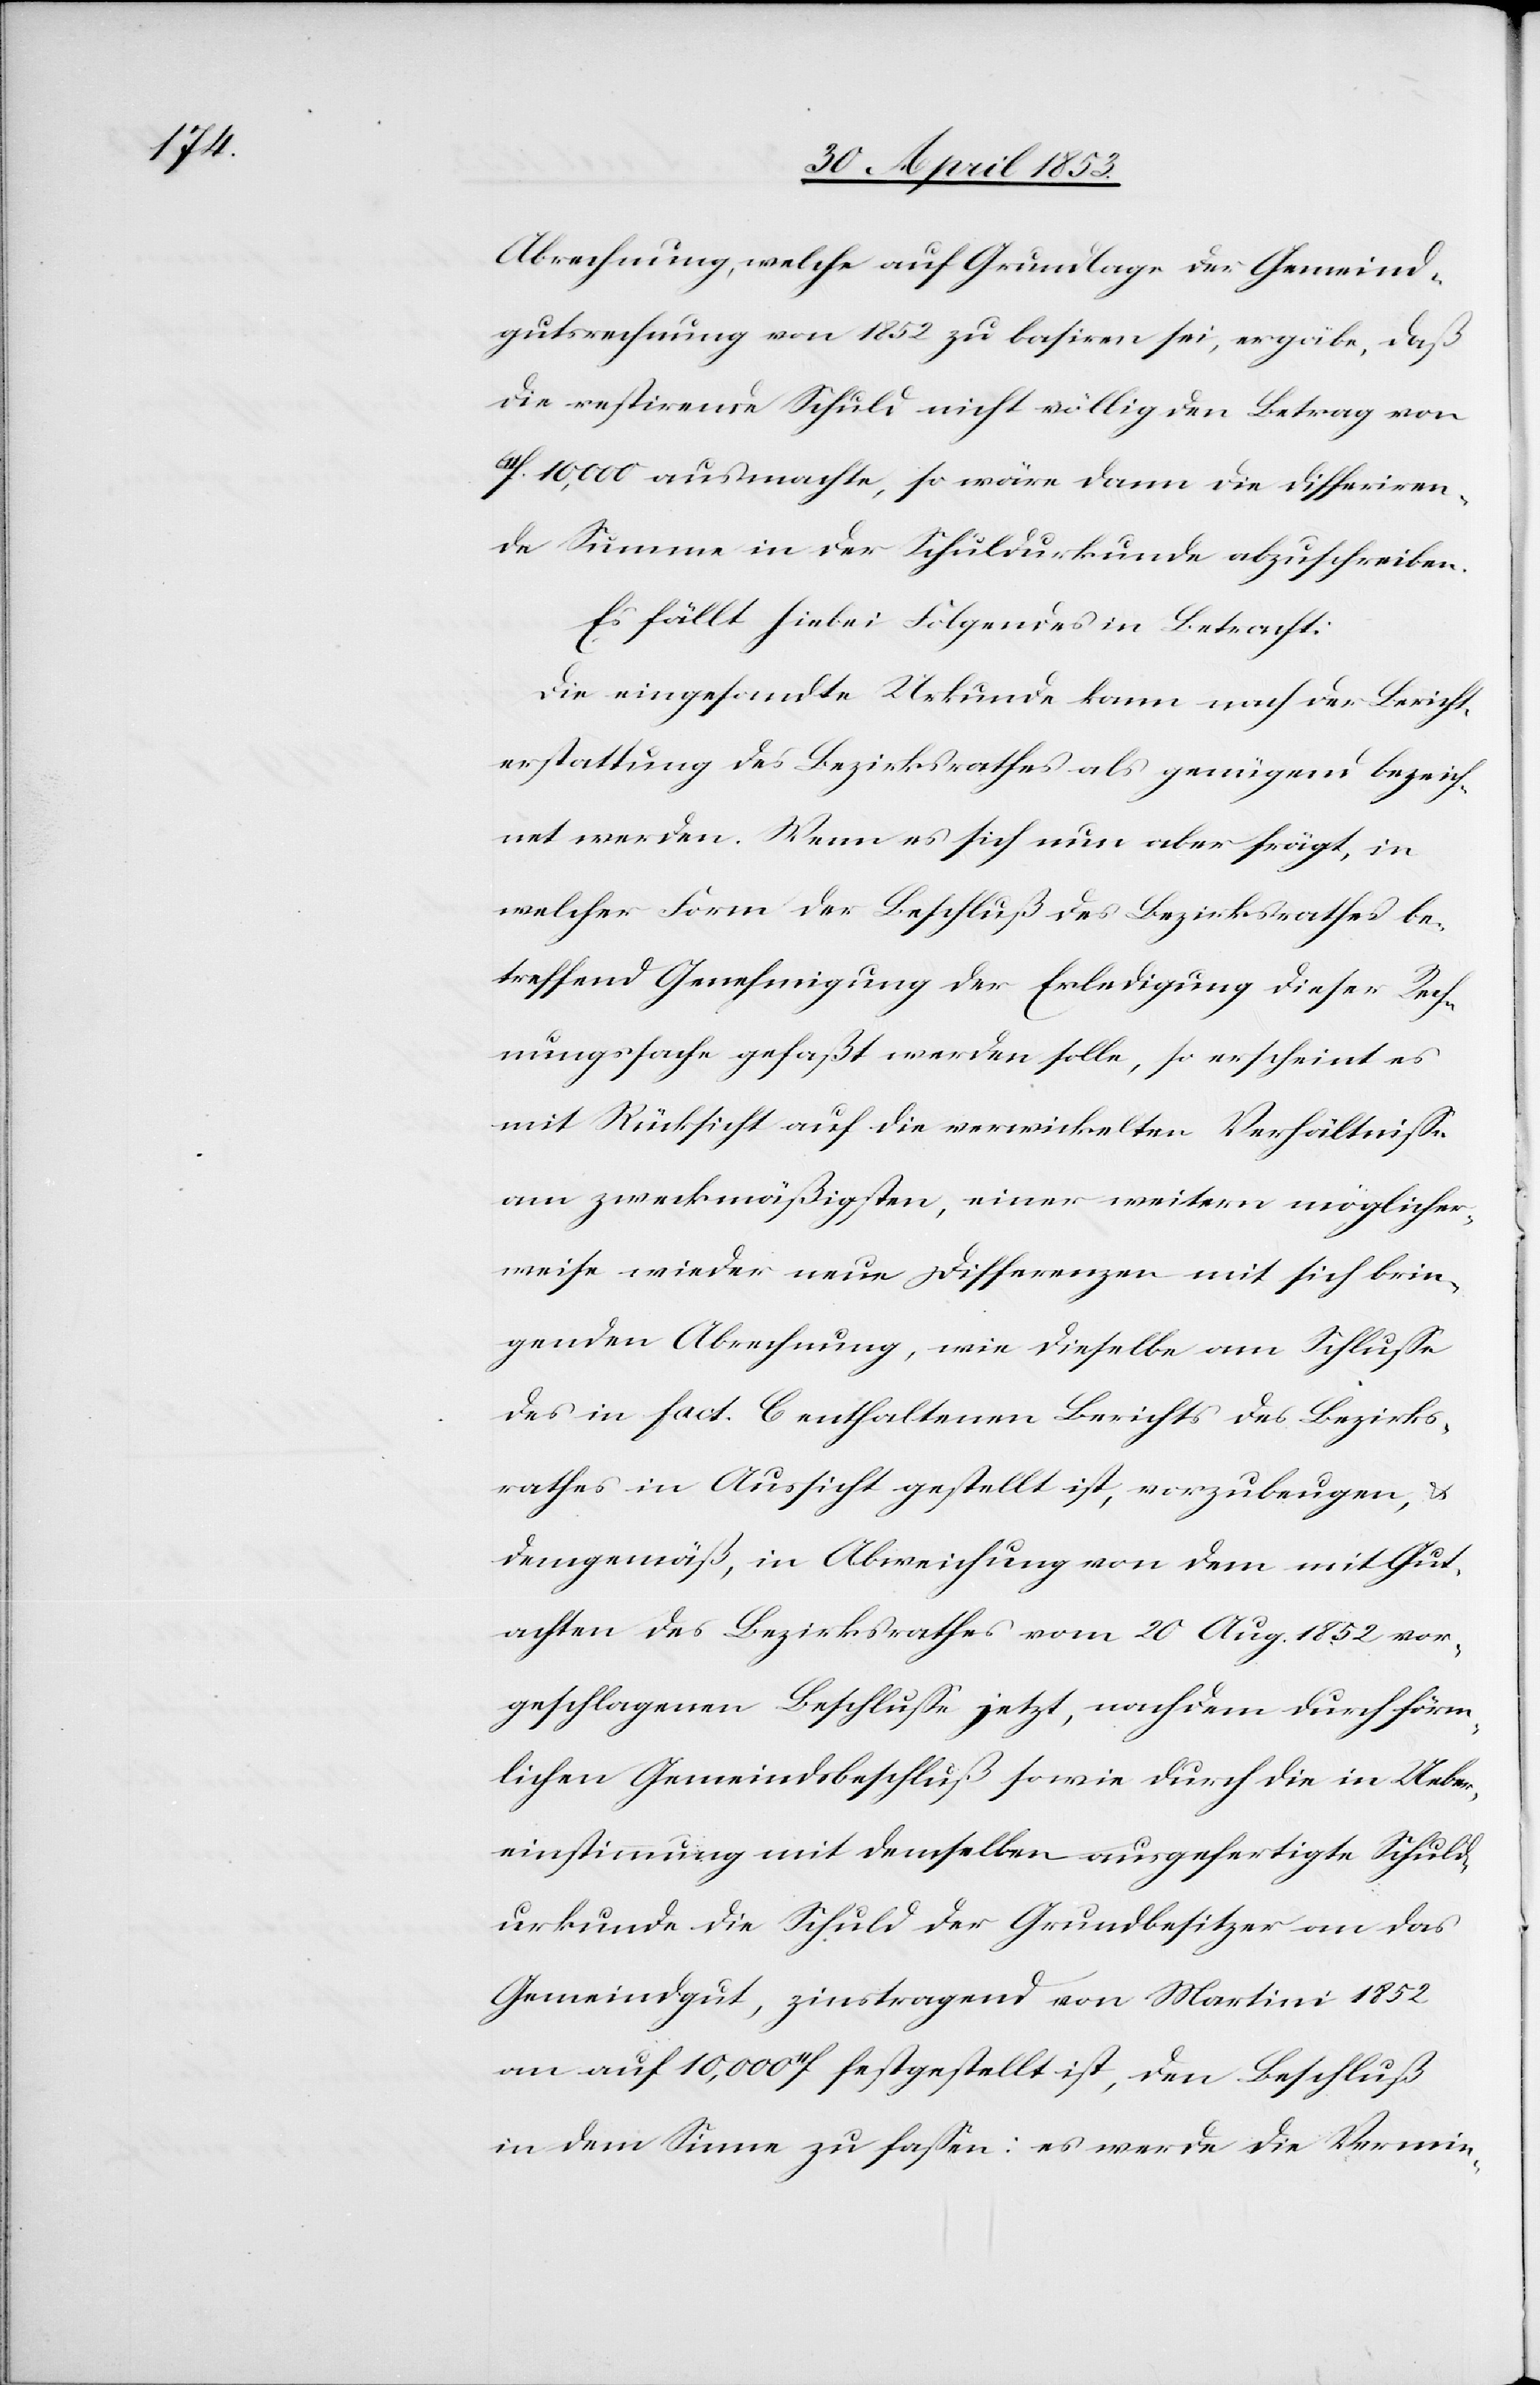
Abrechnung, welche auf Grundlage der Gemeind¬
gutsrechnung von 1852 zu basiren sei, ergäbe, daß
die restirende Schuld nicht völlig den Betrag von
f. 10,000 ausmachte, so wäre dann die differiren¬
de Summe in der Schuldurkunde abzuschreiben.
Es fällt hiebei Folgendes in Betracht:
Die eingesandte Urkunde kann nach der Bericht¬
erstattung des Bezirksrathes als genügend bezeich¬
net werden. Wenn es sich nun aber frägt, in
welcher Form der Beschluß des Bezirksrathes be¬
treffend Genehmigung der Erledigung dieser Rech¬
nungssache gefaßt werden solle, so erscheint es
mit Rücksicht auf die verwickelten Verhältniße
am zweckmäßigsten, einer weitern möglicher¬
weise wieder neue Differenzen mit sich brin¬
genden Abrechnung, wie dieselbe am Schluße
des in fact. C enthaltenen Berichts des Bezirks¬
rathes in Aussicht gestellt ist, vorzubeugen, u.
demgemäß, in Abweichung von dem mit Gut¬
achten des Bezirksrathes vom 20 Aug. 1852 vor¬
geschlagenen Beschluße jetzt, nachdem durch förm¬
lichen Gemeindsbeschluß sowie durch die in Ueber¬
einstimmung mit demselben ausgefertigte Schuld¬
urkunde die Schuld der Grundbesitzer an das
Gemeindgut, zinstragend von Martini 1852
an auf 10,000 f. festgestellt ist, den Beschluß
in dem Sinne zu faßen: es werde die Vermin-